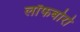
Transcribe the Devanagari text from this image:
लॉफबोरो